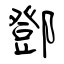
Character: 鄧